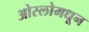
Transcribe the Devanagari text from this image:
ओस्लोमधून